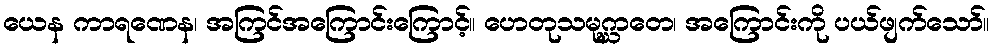
ယေန ကာရဏေန၊ အကြင်အကြောင်းကြောင့်။ ဟေတုသမုဂ္ဃာတေ၊ အကြောင်းကို ပယ်ဖျက်သော်။